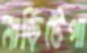
নাড়িটেপা